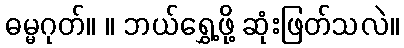
ဓမ္မဂုတ်။ ။ ဘယ်ရွှေ့ဖို့ ဆုံးဖြတ်သလဲ။